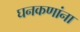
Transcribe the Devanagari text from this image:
घनकणांना